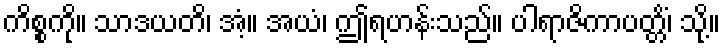
ကိစ္စကို။ သာဒယတိ၊ အံ့။ အယံ၊ ဤရဟန်းသည်။ ပါရာဇိကာပတ္တိံ၊ သို့။